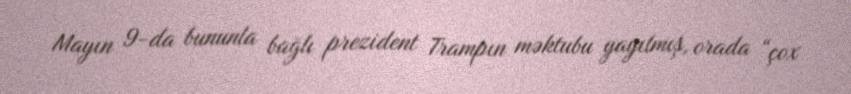
Mayın 9-da bununla bağlı prezident Trampın məktubu yayılmış, orada “çox